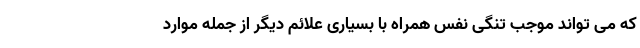
که می تواند موجب تنگی نفس همراه با بسیاری علائم دیگر از جمله موارد